system: You are a helpful assistant.
user:
Analyze the provided spectrum to determine if it is a **M-type Giant (gM)**.

A M-type Giant spectrum is defined by its **strong molecular absorption** features, particularly from **Titanium Oxide (TiO)**. You must check for one of the following mutually exclusive signatures:

- **Key Visual Indicators (Absorption-Dominated Spectrum):**

    - **(Primary):** The spectrum is dominated by strong molecular absorption from **Titanium Oxide (TiO)**. This is the **defining feature** of its M-type temperature class.
        - **(Key Bandheads):** Look for sharp, "saw-tooth" absorption valleys. The strongest are located near **~7050 Å**, **~6160 Å**, and **~5170 Å**.
        - **(Line Profile):** The "saw-tooth" morphology is critical: a **sharp, steep drop on the BLUE (short-wavelength) side** of the bandhead, followed by a gradual recovery (rising flux) towards the RED (long-wavelength) side.

    - **(Key Confirmation - Giant vs. Dwarf):** **ABSENCE** of strong **Calcium Hydride (CaH)** molecular bands. This is the primary diagnostic for *excluding* M-dwarfs.
        - **(Key Region):** The spectrum should lack the strong, broad absorption band seen in dwarfs between **~6800 Å and ~7000 Å**.

    - **(Secondary Confirmation - Giant):** A very strong and broad **Neutral Calcium (Ca I)** atomic absorption line.
        - **(Key Line):** Located at **~4226 Å**. In a giant (gM), this line is significantly deeper and broader than the same line in an M-dwarf (dM) due to low surface gravity.

    - **(Overall Spectrum):**
        - The continuum is **extremely red-sloping** (i.e., flux is very low in the blue and rises dramatically towards the red).
        - The entire spectrum appears "chopped up" by the deep TiO bands.

Think first, call **spectral_visualization_tool** if needed to examine features in detail, then provide your final answer. Your response must adhere to the following strict rules:
1.  **Overall Structure:** Your response must follow the format `<think>...</think> <tool_call>...</tool_call> (if a tool is used) <answer>...</answer>`.
2.  **Tool Usage Constraint:** You may only make **one** tool call per turn.
3.  **Final Answer Format:** In the `<answer>` tag, your conclusion must be inside a `\boxed{}` command (e.g., `\boxed{YES}` or `\boxed{NO}`), followed by your justification.

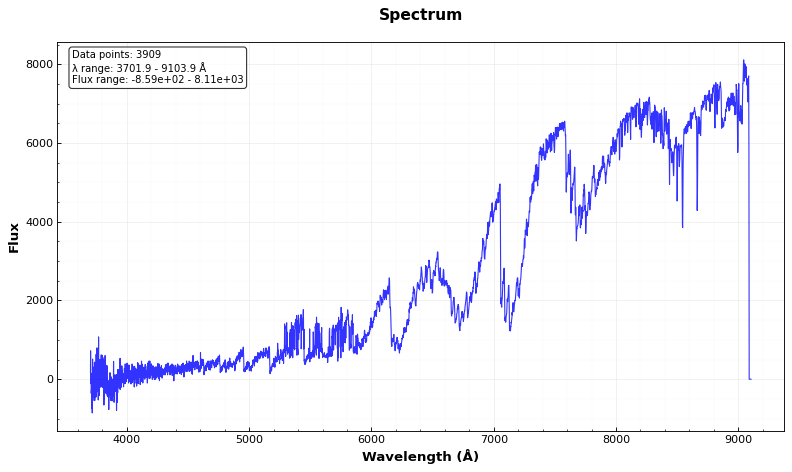
Answer: YES